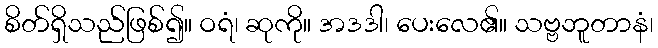
စိတ်ရှိသည်ဖြစ်၍။ ဝရံ၊ ဆုကို။ အဒဒါ၊ ပေးလေ၏။ သဗ္ဗဘူတာနံ၊